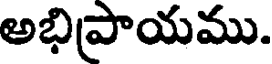
అభిప్రాయము.